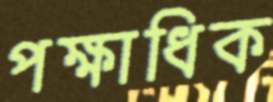
পক্ষাধিক